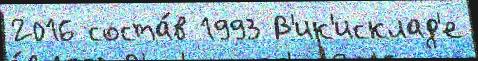
2016 соста́в 1993 В'ик'исклад'е